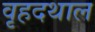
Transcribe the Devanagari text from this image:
वृहदथाल